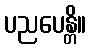
ပညပေန္တိ။